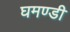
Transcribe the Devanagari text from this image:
घमण्‍डी